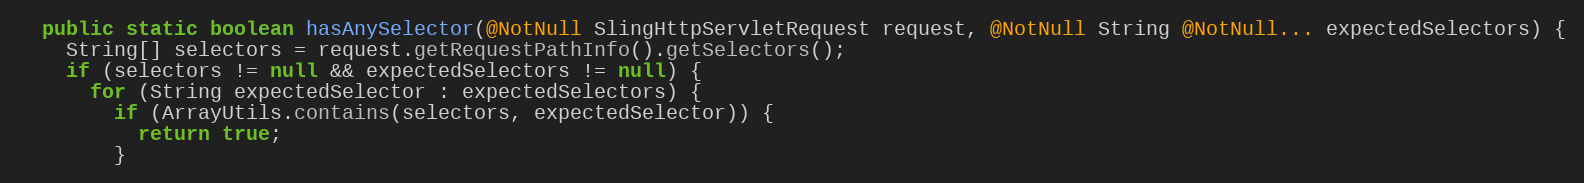
Language: Java
  public static boolean hasAnySelector(@NotNull SlingHttpServletRequest request, @NotNull String @NotNull... expectedSelectors) {
    String[] selectors = request.getRequestPathInfo().getSelectors();
    if (selectors != null && expectedSelectors != null) {
      for (String expectedSelector : expectedSelectors) {
        if (ArrayUtils.contains(selectors, expectedSelector)) {
          return true;
        }